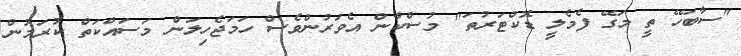
"ސާބަހޭ ތީ މަގޭ ފެމެލީ ޑޮކްޓަރުތަ" މުސްކާން އެވަރުންވެސް ހަމަޖެހިލަން މަސައްކަތް ކުރަމުން